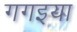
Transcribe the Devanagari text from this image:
गगइया